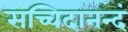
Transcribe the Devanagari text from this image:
सच्चिदानन्दं